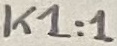
Text: K1:1